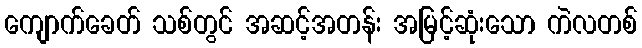
ကျောက်ခေတ် သစ်တွင် အဆင့်အတန်း အမြင့်ဆုံးသော ကဲလတစ်